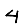
Digit: 4